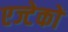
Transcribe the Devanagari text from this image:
एज्टेकों